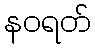
နဝရတ်